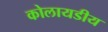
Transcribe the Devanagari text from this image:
कोलायडीय